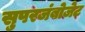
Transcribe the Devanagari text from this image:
सुपरजंबोजेट